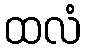
ထလံ